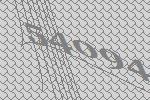
54094